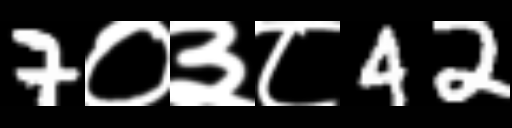
Text: 7०३८42